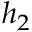
h _ { 2 }